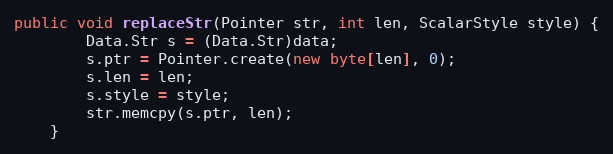
Language: Java
public void replaceStr(Pointer str, int len, ScalarStyle style) {
        Data.Str s = (Data.Str)data;
        s.ptr = Pointer.create(new byte[len], 0);
        s.len = len;
        s.style = style;
        str.memcpy(s.ptr, len);
    }